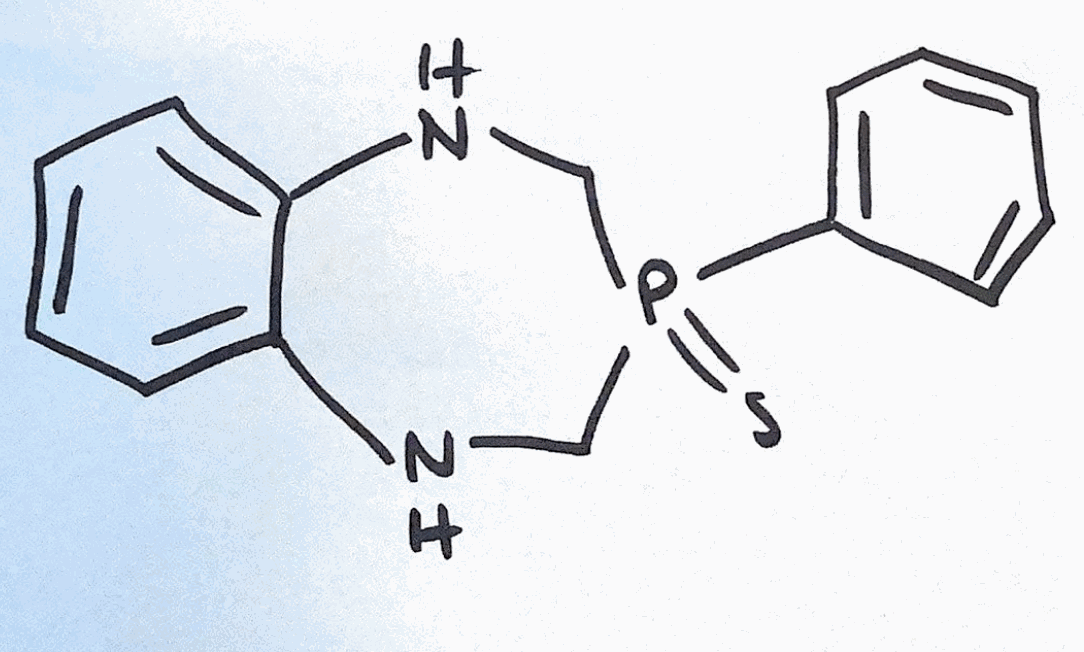
Simplified molecular-input line-entry system (SMILES) notation of the given molecule:
C1NC2=CC=CC=C2NCP1(=S)C3=CC=CC=C3